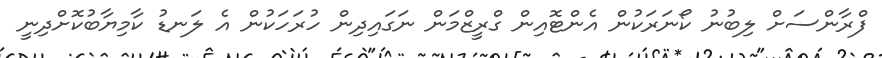
ފްރާންސަށް ލިބުނު ކޯނަރަކުން އެންޓޮއިން ގްރީޒްމަން ނަގައިދިން ހުރަހަކުން އެ ލަނޑު ކާމިޔާބުކޮށްދިނީ